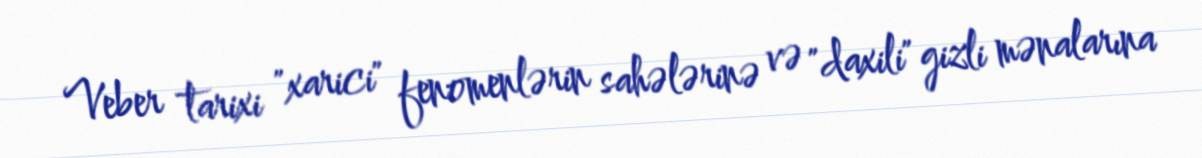
Veber tarixi "xarici" fenomenlərin sahələrinə və "daxili" gizli mənalarına